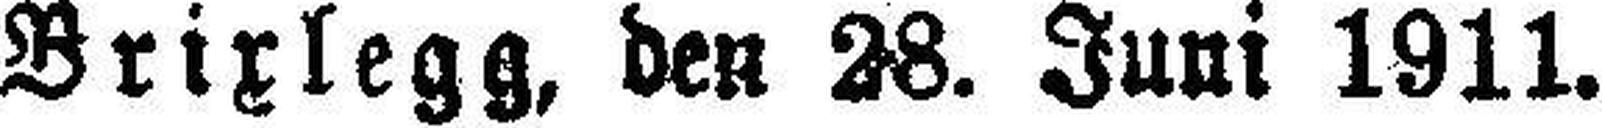
Brixlegg, den 28. Juni 1911.